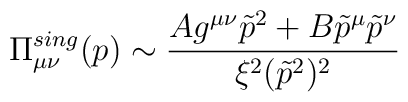
\Pi_{\mu \nu}^{sing}(p) \sim \frac{Ag^{\mu \nu}\tilde{p}^2+B\tilde{p}^{\mu} \tilde{p}^{\nu}}{ \xi^2(\tilde{p}^2)^2}